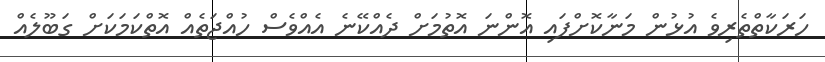
ހަރަކާތްތެރިވެ އުޅުން މަނާކޮށްފައި އޮންނަ އޮތުމަށް ދެއްކޭނެ އެއްވެސް ހުއްޖަތެއް އޮތްކަމަކަށް ގަބޫލެއް